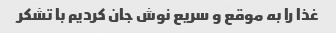
غذا را به موقع و سریع نوش جان کردیم با تشکر